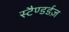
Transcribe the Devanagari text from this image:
स्टैण्डर्डज़